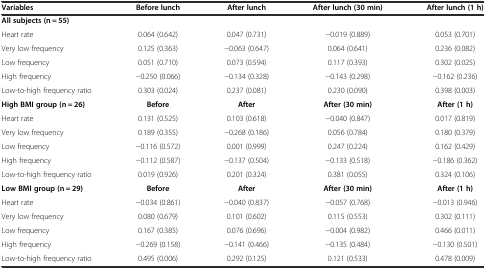
<table><thead><tr><td><b>Variables</b></td><td><b>Before lunch</b></td><td><b>After lunch</b></td><td><b>After lunch (30 min)</b></td><td><b>After lunch (1 h)</b></td></tr></thead><tbody><tr><td><b>All subjects (n = 55)</b></td><td></td><td></td><td></td><td></td></tr><tr><td>Heart rate</td><td>0.064 (0.642)</td><td>0.047 (0.731)</td><td>-0.019 (0.889)</td><td>0.053 (0.701)</td></tr><tr><td>Very low frequency</td><td>0.125 (0.363)</td><td>-0.063 (0.647)</td><td>0.064 (0.641)</td><td>0.236 (0.082)</td></tr><tr><td>Low frequency</td><td>0.051 (0.710)</td><td>0.073 (0.594)</td><td>0.117 (0.393)</td><td>0.302 (0.025)</td></tr><tr><td>High frequency</td><td>-0.250 (0.066)</td><td>-0.134 (0.328)</td><td>-0.143 (0.298)</td><td>-0.162 (0.236)</td></tr><tr><td>Low-to-high frequency ratio</td><td>0.303 (0.024)</td><td>0.237 (0.081)</td><td>0.230 (0.090)</td><td>0.398 (0.003)</td></tr><tr><td><b>High BMI group (n = 26)</b></td><td><b>Before</b></td><td><b>After</b></td><td><b>After (30 min)</b></td><td><b>After (1 h)</b></td></tr><tr><td>Heart rate</td><td>0.131 (0.525)</td><td>0.103 (0.618)</td><td>-0.040 (0.847)</td><td>0.017 (0.819)</td></tr><tr><td>Very low frequency</td><td>0.189 (0.355)</td><td>-0.268 (0.186)</td><td>0.056 (0.784)</td><td>0.180 (0.379)</td></tr><tr><td>Low frequency</td><td>-0.116 (0.572)</td><td>0.001 (0.999)</td><td>0.247 (0.224)</td><td>0.162 (0.429)</td></tr><tr><td>High frequency</td><td>-0.112 (0.587)</td><td>-0.137 (0.504)</td><td>-0.133 (0.518)</td><td>-0.186 (0.362)</td></tr><tr><td>Low-to-high frequency ratio</td><td>0.019 (0.926)</td><td>0.201 (0.324)</td><td>0.381 (0.055)</td><td>0.324 (0.106)</td></tr><tr><td><b>Low BMI group (n = 29)</b></td><td><b>Before</b></td><td><b>After</b></td><td><b>After (30 min)</b></td><td><b>After (1 h)</b></td></tr><tr><td>Heart rate</td><td>-0.034 (0.861)</td><td>-0.040 (0.837)</td><td>-0.057 (0.768)</td><td>-0.013 (0.946)</td></tr><tr><td>Very low frequency</td><td>0.080 (0.679)</td><td>0.101 (0.602)</td><td>0.115 (0.553)</td><td>0.302 (0.111)</td></tr><tr><td>Low frequency</td><td>0.167 (0.385)</td><td>0.076 (0.696)</td><td>-0.004 (0.982)</td><td>0.466 (0.011)</td></tr><tr><td>High frequency</td><td>-0.269 (0.158)</td><td>-0.141 (0.466)</td><td>-0.135 (0.484)</td><td>-0.130 (0.501)</td></tr><tr><td>Low-to-high frequency ratio</td><td>0.495 (0.006)</td><td>0.292 (0.125)</td><td>0.121 (0.533)</td><td>0.478 (0.009)</td></tr></tbody></table>